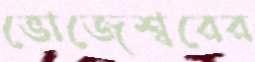
ভোজেশ্বরের